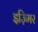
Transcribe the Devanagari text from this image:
इज़्मिर